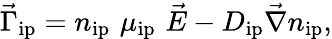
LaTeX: \vec{\Gamma}_{\mathrm{ip}}=n_{\mathrm{ip}}\, \, \mu_{\mathrm{ip}}\, \, \vec{E}-D_{\mathrm{ip}}\vec{\nabla}n_{\mathrm{ip}},